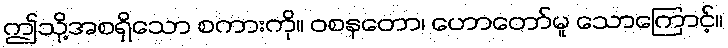
ဤသို့အစရှိသော စကားကို။ ဝစနတော၊ ဟောတော်မူ သောကြောင့်။